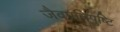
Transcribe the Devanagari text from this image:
जैवप्रतिपुष्टि